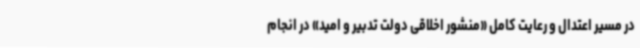
در مسیر اعتدال و رعایت کامل «منشور اخلاقی دولت تدبیر و امید» در انجام